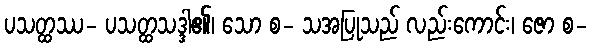
ပသတ္ထဿ- ပသတ္ထသဒ္ဒါ၏၊ သော စ- သအပြုသည် လည်းကောင်း၊ ဇော စ-